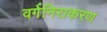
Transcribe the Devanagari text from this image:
वर्गनिराकरण